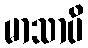
မာသာပိ